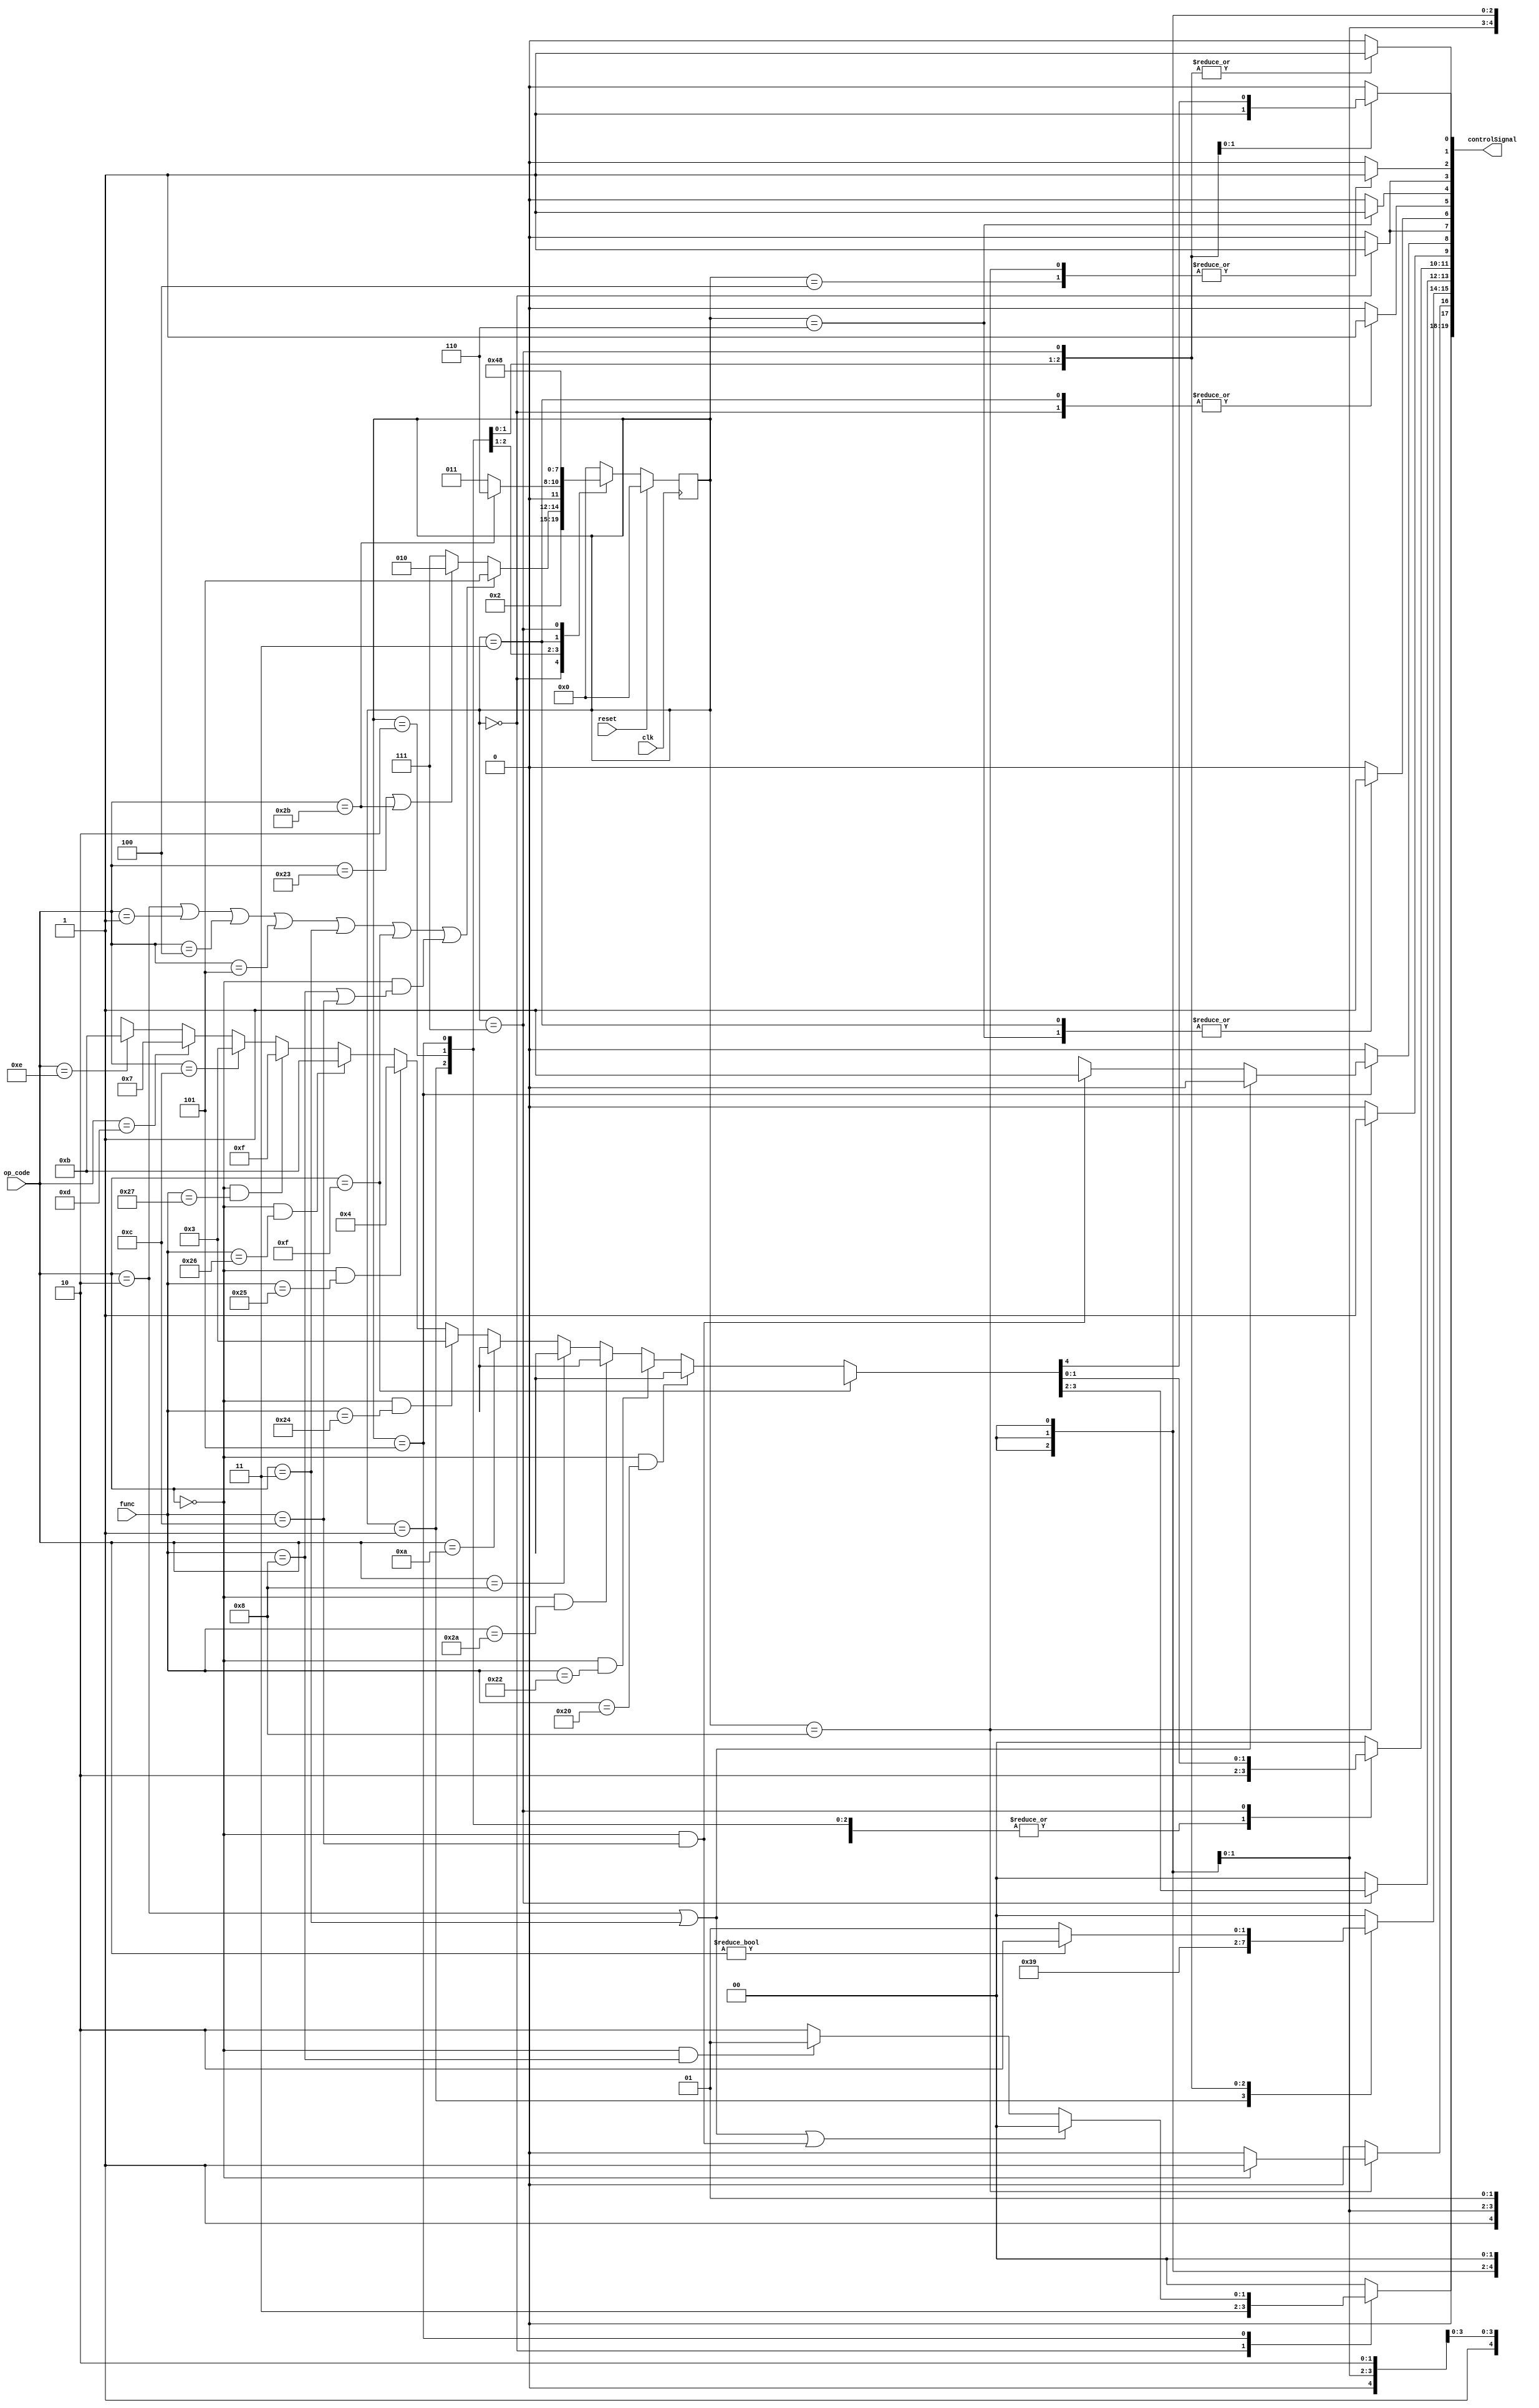
module controlSection(
    input [5:0] op_code,
    input [5:0] func,
    input clk, reset,
    output reg [19:0] controlSignal
);

/*
+---------------+------------+
| Signal Name   | Bit Indices|
+---------------+------------+
| PCSrc         |   20:19    |
| RegDst        |   18:17    |
| RegInSrc      |   16:15    |
| ALUSrcY       |   14:13    |
| LogicFn       |   12:11    |
| FnType        |   10:9     |
| jumpAddr      |    8       |
| PCWrite       |    7       |
| Inst_data     |    6       |
| MemRead       |    5       |
| MemWrite      |    4       |
| IRWrite       |    3       |
| RegWrite      |    2       |
| ALUSrcX       |    1       |
| Add_Sub       |    0       |
+---------------+------------+
*/

reg RegInSrc, jumpAddr, PCWrite, Inst_data, MemRead, MemWrite, IRWrite, RegWrite, ALUSrcX, Add_Sub;
reg [1:0] PCSrc, RegDst, ALUSrcY, LogicFn, FnType;

reg [3:0] p_state, n_state;
parameter state0 = 0, state1 = 1, state2 = 2, state3 = 3, state4 = 4, state5 = 5, state6 = 6, state7 = 7, state8 = 8;


always @(p_state) begin
    
    // Init
    n_state = state0;
	 
	 
    jumpAddr = 0;
    PCWrite = 0;
    Inst_data = 0;
    MemRead = 0;
    MemWrite = 0;
    IRWrite = 0;
    RegWrite = 0;
    ALUSrcX = 0;
    Add_Sub = 0;
    PCSrc = 0;
    RegDst = 0;
    RegInSrc = 0;
    ALUSrcY = 0;
    LogicFn = 0;
    FnType = 0;
	
    case (p_state)
        state0: 
            begin
                Inst_data = 1'b0; 
                MemRead = 1'b1;
                IRWrite = 1'b1;
                ALUSrcX = 1'b0;
                ALUSrcY = 2'b00;
                Add_Sub = 1'b0;
                LogicFn = 2'b00;
                FnType = 2'b10;
                PCSrc = 2'b11;
                PCWrite = 1'b1;
                
                n_state = state1;
            end
        
        state1:
            begin
                ALUSrcX = 1'b0;
                ALUSrcY = 2'b11;
                Add_Sub = 1'b0;
                LogicFn = 2'b00;
                FnType = 2'b10;
                
                if ((op_code == 6'b000010) || (op_code == 6'b000001) || (op_code == 6'b000100) || 
                    (op_code == 6'b000101) || (op_code == 6'b000011) || (op_code == 6'b001111) || 
                    ((op_code == 6'b000000) && ((func == 6'b001000) || (func == 6'b001100))))
                    n_state = state5;
                else if ((op_code == 6'b100011) || (op_code == 6'b101011))
                    n_state = state2;
                else
                    n_state = state7;
            end
        
        state2:
            begin
                ALUSrcX = 1'b1;
                ALUSrcY = 2'b10;
                Add_Sub = 1'b0;
                LogicFn = 2'b00;
                FnType = 2'b10;
                
                if (op_code == 6'b101011)
                    n_state = state6;
                else
                    n_state = state3;
            end
        
        state3:
            begin
                Inst_data = 1'b1;
                MemRead = 1'b1;
                
                n_state = state4;
            end
        
        state4:
            begin
                RegDst = 1'b0;
                RegInSrc = 1'b0;
                RegWrite = 1'b1;
                
                n_state = state0;
            end
        
        state5:
            begin
                ALUSrcX = 1'b1;
                ALUSrcY = 2'b01;
                Add_Sub = 1'b1;
                LogicFn = 2'b00;
                FnType = 2'b10;
                
                if ((op_code == 6'b000010) || (op_code == 6'b000011))
                    jumpAddr = 1'b0;
                else if ((op_code == 6'b000000) && (func == 6'b001100))
                    jumpAddr = 1'b1;
                else
                    jumpAddr = 1'bx;
                
                if ((op_code == 6'b000010) || (op_code == 6'b000011) || 
                    ((op_code == 6'b000000) && (func == 6'b001100)))
                    PCSrc = 2'b00;
                else if ((op_code == 6'b000000) && (func == 6'b001000))
                    PCSrc = 2'b01;
                else
                    PCSrc = 2'b10;
                    
                n_state = state0;
            end
        
        state6:
            begin
                Inst_data = 1'b1;
                MemWrite = 1'b1;
                
                n_state = state0;
            end
        
        state7:
            begin
                ALUSrcX = 1'b1;
                if (op_code != 6'b000000)
                    ALUSrcY = 2'b10;
                else
                    ALUSrcY = 2'b01;
                
                {Add_Sub, LogicFn, FnType} = (op_code == 6'b001111) ? 5'bxxx00 :
                                             (op_code == 0 && func == 6'b100000) ? 5'b0xx10 :
                                             (op_code == 0 && func == 6'b100010) ? 5'b1xx10 :
                                             (op_code == 0 && func == 6'b101010) ? 5'b1xx01 :
                                             (op_code == 6'b001000) ? 'b0xx10 :
                                             (op_code == 'b001010) ? 'b1xx01 :
                                             (op_code == 0 && func == 'b100100) ? 'b00011 :
                                             (op_code == 0 && func == 'b100101) ? 'b00100 :
                                             (op_code == 0 && func == 'b100110) ? 'b01011 :
                                             (op_code == 0 && func == 'b100111) ? 'b01111 :
                                             (op_code == 'b001100) ? 'b00011 :
                                             (op_code == 'b001101) ? 'b00111 :
                                             (op_code == 'b001110) ? 'b01011 : 'bxxxxx;

                n_state = state8;
            end
        
        state8:
            begin
                if (op_code == 6'b000000) // R Type
                    RegDst = 2'b01;
                else
                    RegDst = 2'b00;     // I Type
                
                RegInSrc = 1'b1;
                RegWrite = 1'b1;
                
                n_state = state0;
            end
        
    endcase
    controlSignal = {{PCSrc},{RegDst},{ALUSrcY},{LogicFn},{FnType},
        {RegInSrc},{jumpAddr},{PCWrite},{Inst_data},{MemRead},{MemWrite},{IRWrite},{RegWrite},{ALUSrcX},{Add_Sub}};
end

always @(posedge clk)
begin
    if (reset == 1'b1)
        p_state <= state0;
    else
		p_state <= n_state;
end

endmodule